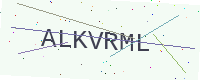
Text: ALKVRML